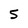
Character: 5